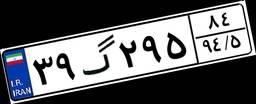
۳۹گ۲۹۵۸۴